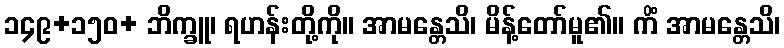
၁၄၉+၁၅၀+ ဘိက္ခူ၊ ရဟန်းတို့ကို။ အာမန္တေသိ၊ မိန့်တော်မူ၏။ ကိံ အာမန္တေသိ၊